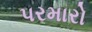
પરમારો